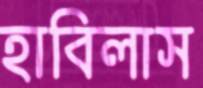
হাবিলাস